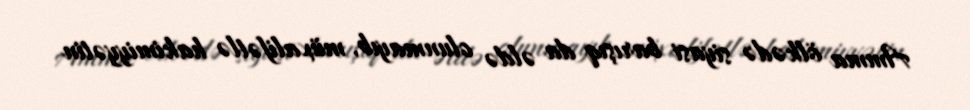
Amma ölkədə siyasi barışıq da əldə olunmayıb, müxalifətlə hakimiyyətin